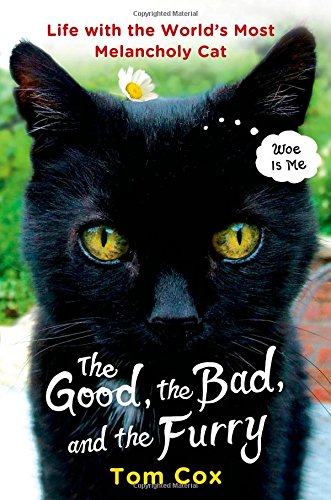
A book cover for The Good, the Bad, and the Furry: Life with the World's Most Melancholy Cat; Tom Cox; Humor & Entertainment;